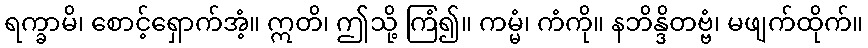
ရက္ခာမိ၊ စောင့်ရှောက်အံ့။ ဣတိ၊ ဤသို့ ကြံ၍။ ကမ္မံ၊ ကံကို။ နဘိန္ဒိတဗ္ဗံ၊ မဖျက်ထိုက်။